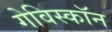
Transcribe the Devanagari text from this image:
गेविस्कॉन